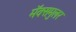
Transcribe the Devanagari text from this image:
मॅक्समुलर